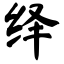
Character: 绎